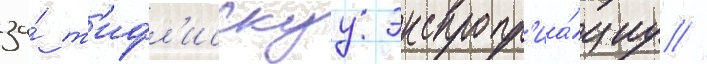
за́ т'ифл'исскуу экспропр'иа́циу //